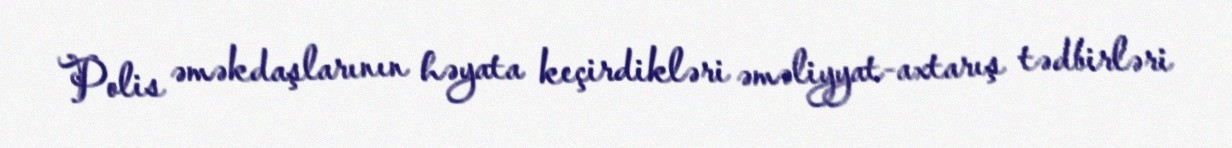
Polis əməkdaşlarının həyata keçirdikləri əməliyyat-axtarış tədbirləri